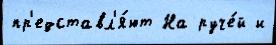
пр'едставл'я́ют На руче́й и